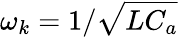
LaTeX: \omega_{k}=1/\sqrt{LC_{a}}